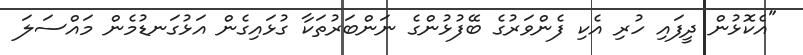
"އެކޮޅުން ދީފައި ހުރި އެކި ފެންވަރުގެ ބޭފުޅުންގެ ނަންބަރުތަކާ ގުޅައިގެން އަޅުގަނޑުމެން މައްސަލަ